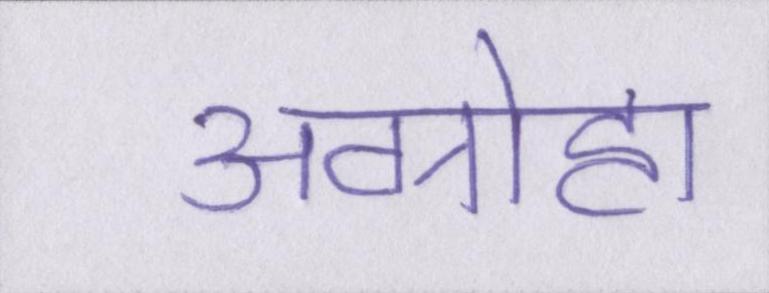
अग्रोहा